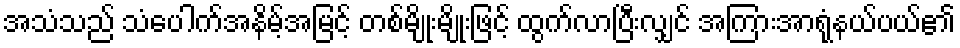
အသံသည် သံပေါက်အနိမ့်အမြင့် တစ်မျိုးမျိုးဖြင့် ထွက်လာပြီးလျှင် အကြားအာရုံနယ်ပယ်၏